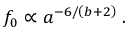
f _ { 0 } \propto a ^ { - 6 / \left( b + 2 \right) } \; .